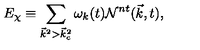
E _ { \chi } \equiv \sum _ { { \vec { k } } ^ { 2 } > { \vec { k } } _ { c } ^ { 2 } } { \omega } _ { k } ( t ) { \cal N } ^ { n t } ( { \vec { k } } , t ) ,